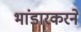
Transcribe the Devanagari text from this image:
भांडारकरने